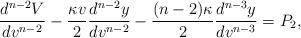
LaTeX: \begin{align*} \frac{d^{n-2}V}{dv^{n-2}}-\frac{\kappa v}{2}\frac{d^{n-2}y}{dv^{n-2}}-\frac{(n-2)\kappa}{2}\frac{d^{n-3}y}{dv^{n-3}}=P_2,\end{align*}